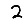
Digit: 2